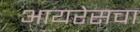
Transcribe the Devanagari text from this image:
आयरेसचा